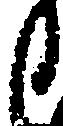
日